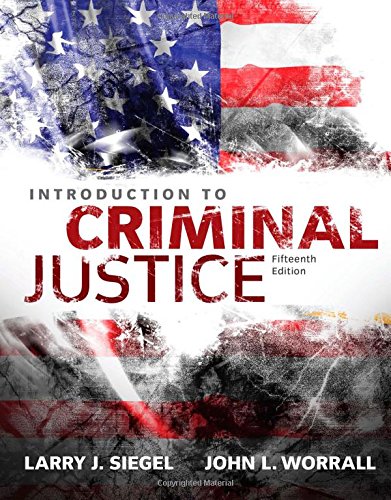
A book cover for Introduction to Criminal Justice; Larry J. Siegel; Politics & Social Sciences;